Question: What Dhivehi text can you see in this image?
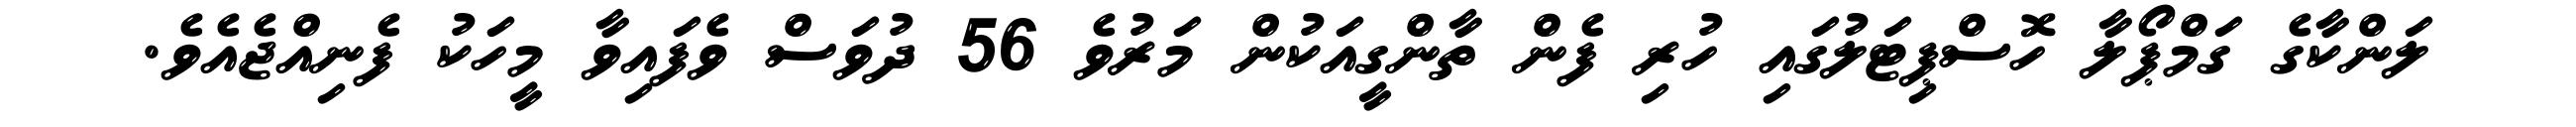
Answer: ލަންކާގެ ގަމްޕޯލާ ހޮސްޕިޓަލުގައި ހުރި ފެން ތާންގީއަކުން މަރުވެ 56 ދުވަސް ވެފައިވާ މީހަކު ފެނިއްޖެއެވެ.